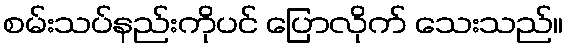
စမ်းသပ်နည်းကိုပင် ပြောလိုက် သေးသည်။